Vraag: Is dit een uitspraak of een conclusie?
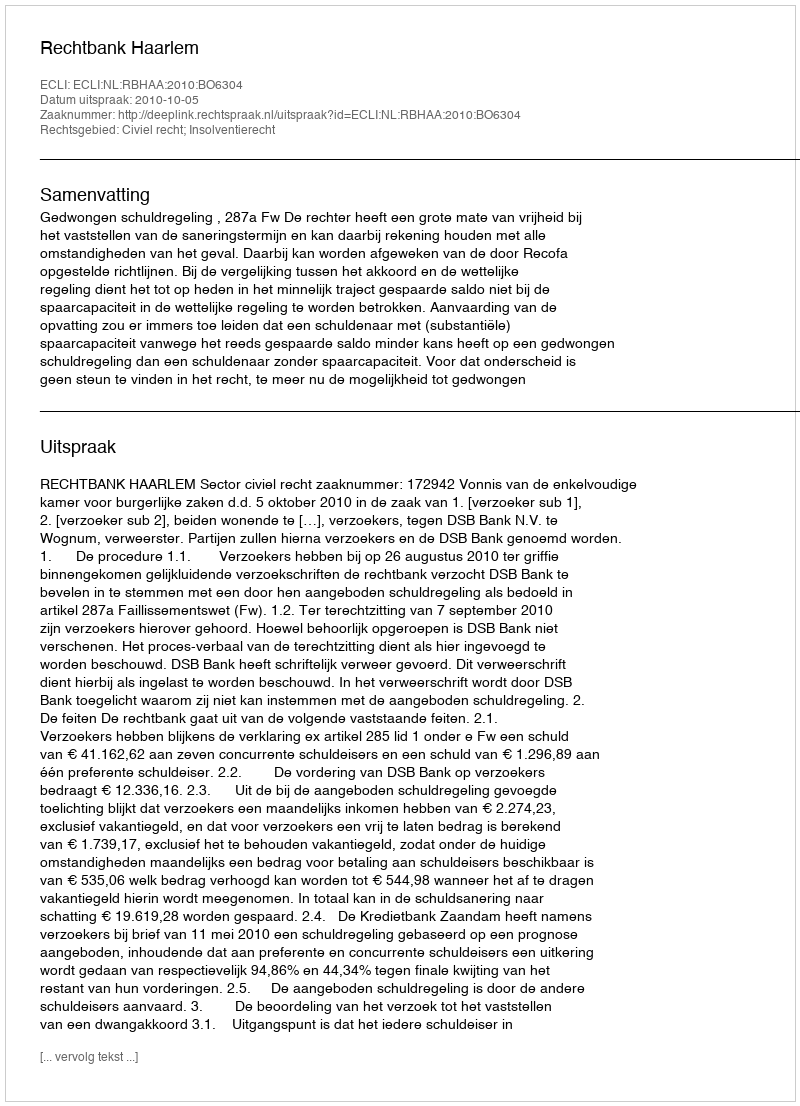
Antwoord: Uitspraak